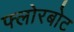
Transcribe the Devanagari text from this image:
फ्लोरबोट